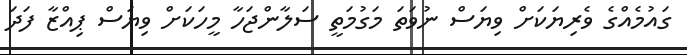
ގައުމެއްގެ ވެރިޔަކަށް ވިޔަސް ނުވަތަ މަގުމަތީ ސަލާންޖަހާ މީހަކަށް ވިޔަސް ޕިއްޒާ ފަދަ